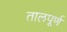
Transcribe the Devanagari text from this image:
तालपूर्ण